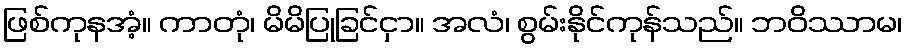
ဖြစ်ကုနအံ့။ ကာတုံ၊ မိမိပြုခြင်ငှာ။ အလံ၊ စွမ်းနိုင်ကုန်သည်။ ဘဝိဿာမ၊